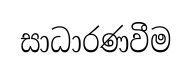
සාධාරණවීම